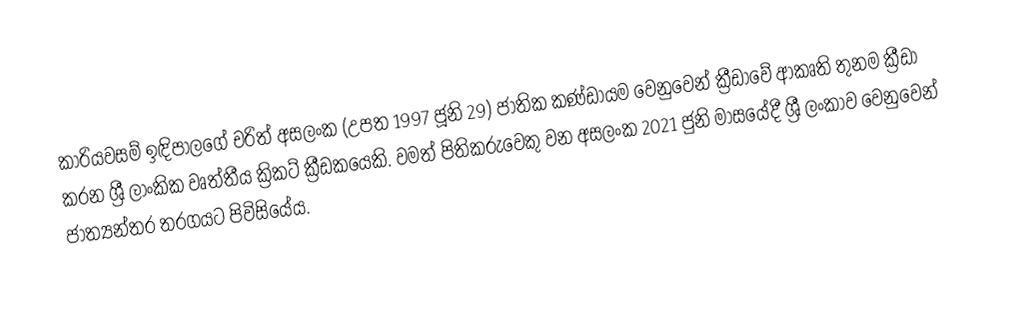
කාරියවසම් ඉඳිපාලගේ චරිත් අසලංක (උපත 1997 ජූනි 29) ජාතික කණ්ඩායම වෙනුවෙන් ක්‍රීඩාවේ ආකෘති තුනම ක්‍රීඩා කරන ශ්‍රී ලාංකික වෘත්තීය ක්‍රිකට් ක්‍රීඩකයෙකි. වමත් පිතිකරුවෙකු වන අසලංක 2021 ජුනි මාසයේදී ශ්‍රී ලංකාව වෙනුවෙන් ජාත්‍යන්තර තරගයට පිවිසියේය.